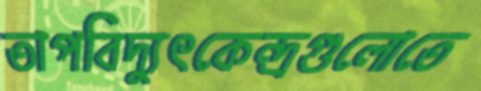
তাপবিদ্যুৎকেন্দ্রগুলোতে